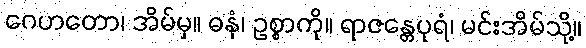
ဂေဟတော၊ အိမ်မှ။ ဓနံ၊ ဥစ္စာကို။ ရာဇန္တေပုရံ၊ မင်းအိမ်သို့။